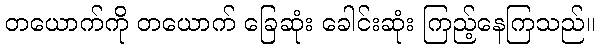
တယောက်ကို တယောက် ခြေဆုံး ခေါင်းဆုံး ကြည့်နေကြသည်။